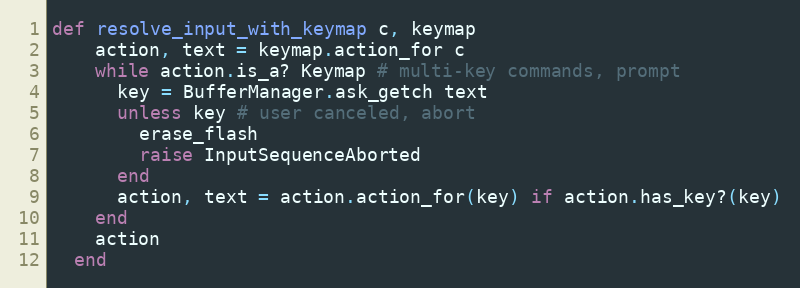
Language: Ruby
def resolve_input_with_keymap c, keymap
    action, text = keymap.action_for c
    while action.is_a? Keymap # multi-key commands, prompt
      key = BufferManager.ask_getch text
      unless key # user canceled, abort
        erase_flash
        raise InputSequenceAborted
      end
      action, text = action.action_for(key) if action.has_key?(key)
    end
    action
  end